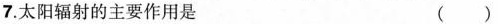
7.太阳辐射的主要作用是 ( )